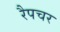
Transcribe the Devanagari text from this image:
रैपचर